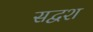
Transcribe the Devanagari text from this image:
सद्वश